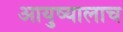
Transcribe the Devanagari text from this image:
आयुष्यालाच